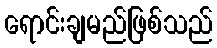
ရောင်းချမည်ဖြစ်သည်